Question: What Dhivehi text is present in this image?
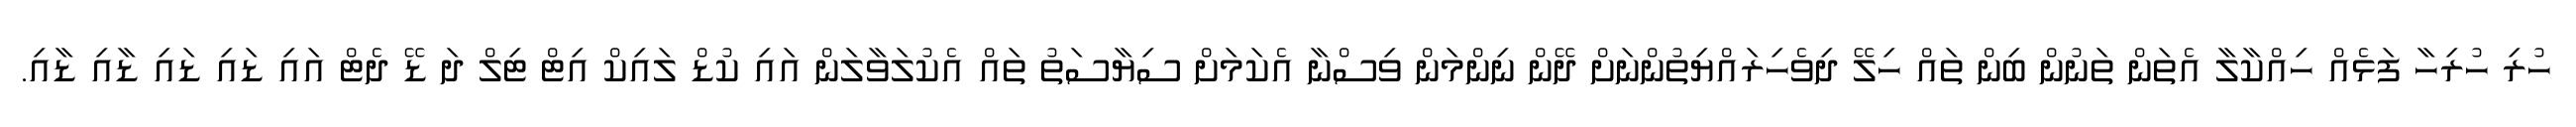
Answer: ހުރި ހުރިހާ ފަޅެއް ހިއްކާލާ އެތަން ތަނުން ބިން ތައް ހިލޭ ދިވެހިރައްޔިތުންނަށް ދޭން ނިންމަން ވިސްނާ އެކަމަށް ސިޔާސަތު ތައް އެކުލަވާލަން އައި ކުޑް ލައިކް އިޓް ޓިލް ދަ ޑޭ ދެޓް އައި ޑައި ޑައި ޑާއި ޑާއި.